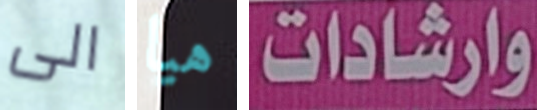
الى هيا وارشادات